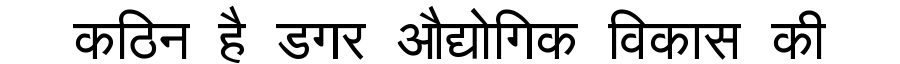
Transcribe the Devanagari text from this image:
कठिन है डगर औद्योगिक विकास की